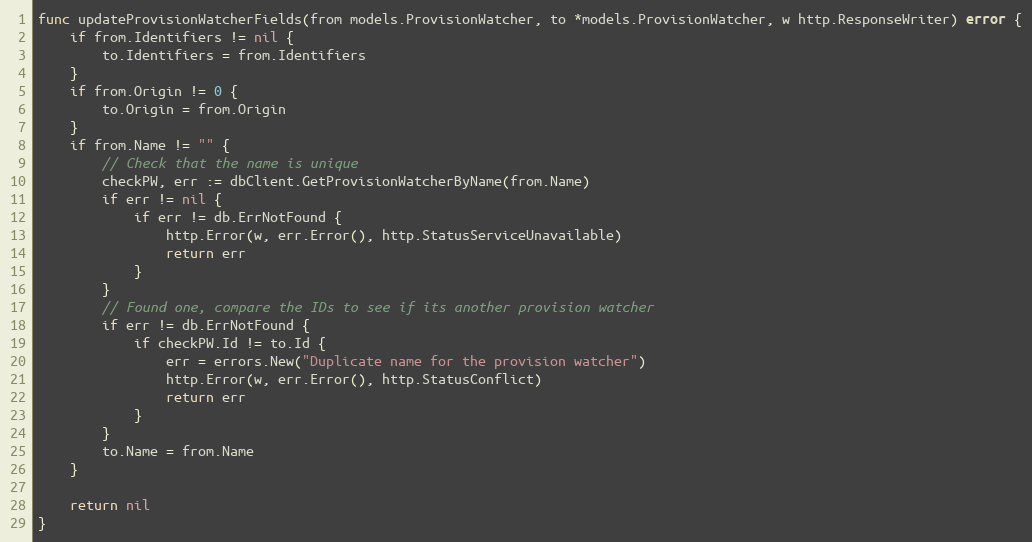
Language: Go
func updateProvisionWatcherFields(from models.ProvisionWatcher, to *models.ProvisionWatcher, w http.ResponseWriter) error {
	if from.Identifiers != nil {
		to.Identifiers = from.Identifiers
	}
	if from.Origin != 0 {
		to.Origin = from.Origin
	}
	if from.Name != "" {
		// Check that the name is unique
		checkPW, err := dbClient.GetProvisionWatcherByName(from.Name)
		if err != nil {
			if err != db.ErrNotFound {
				http.Error(w, err.Error(), http.StatusServiceUnavailable)
				return err
			}
		}
		// Found one, compare the IDs to see if its another provision watcher
		if err != db.ErrNotFound {
			if checkPW.Id != to.Id {
				err = errors.New("Duplicate name for the provision watcher")
				http.Error(w, err.Error(), http.StatusConflict)
				return err
			}
		}
		to.Name = from.Name
	}

	return nil
}